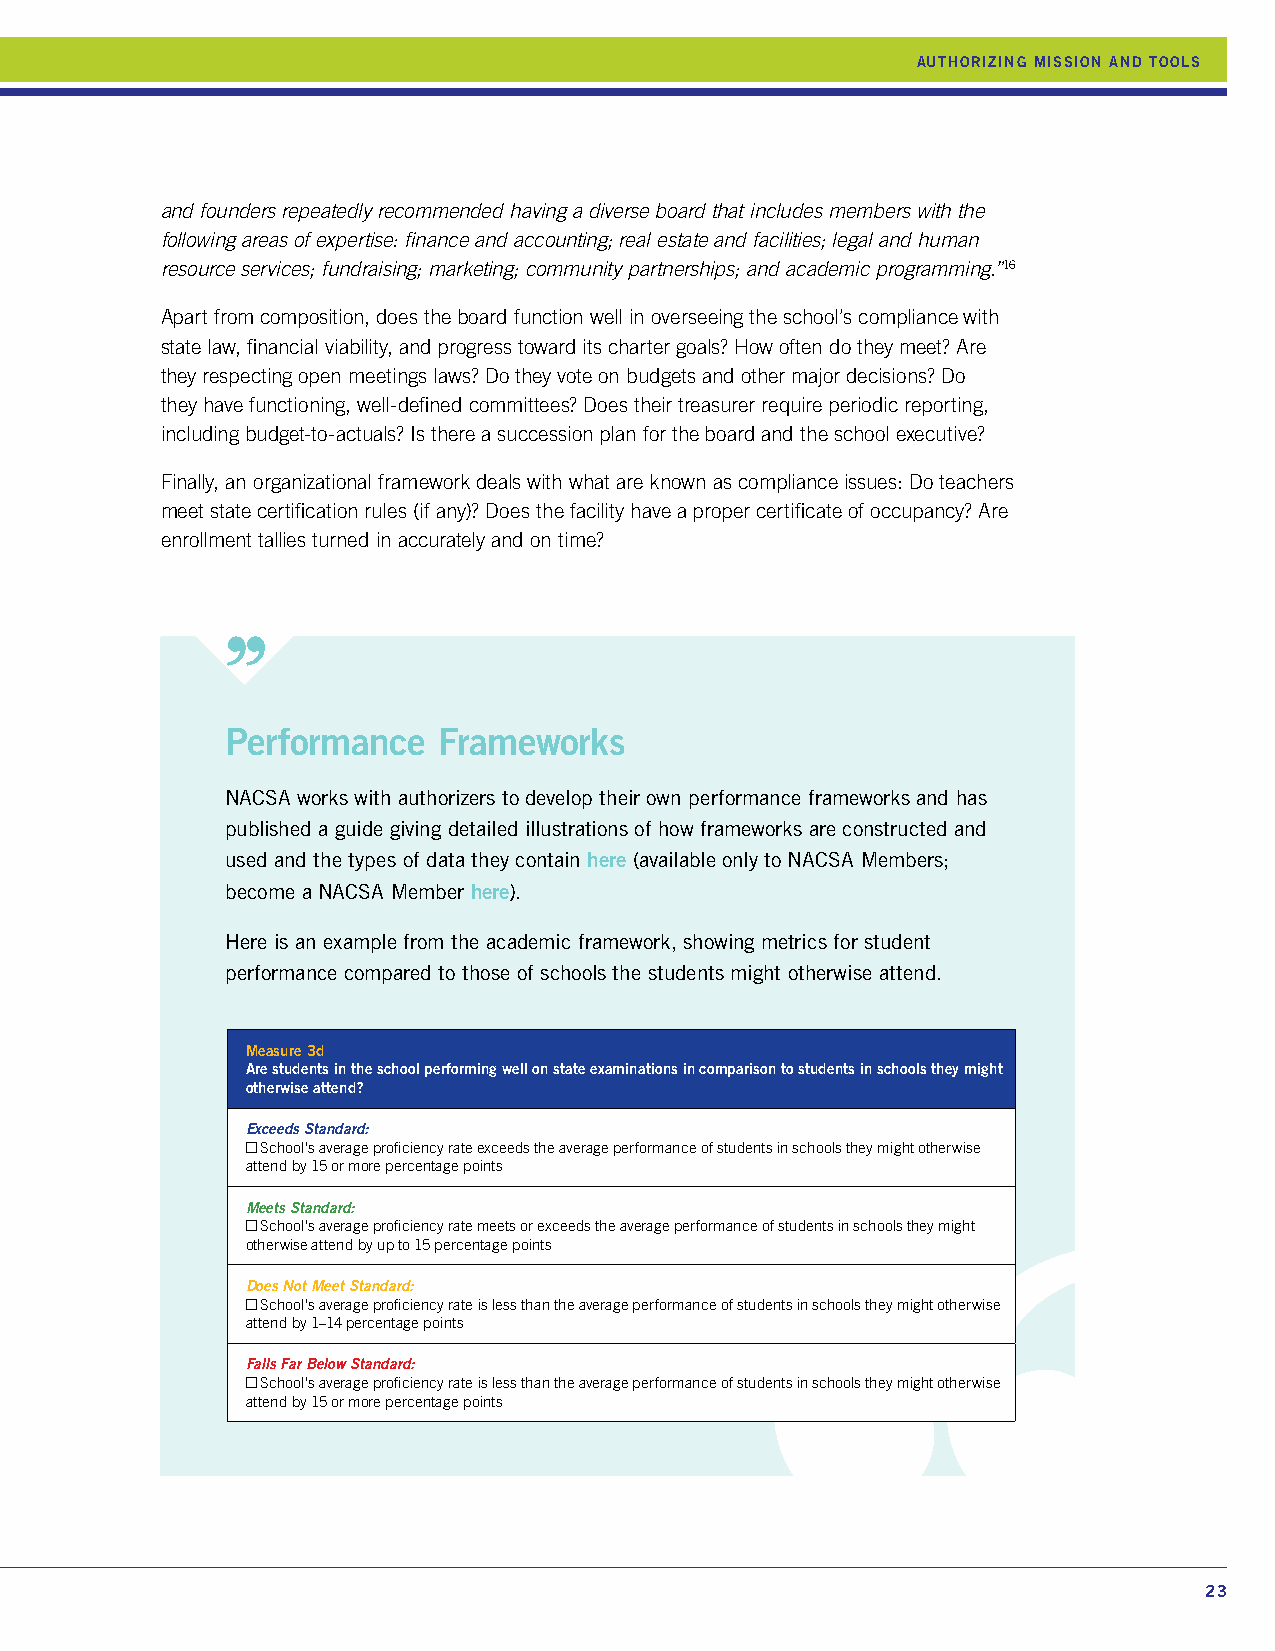
AUTHORIZING MISSION AND TOOLS
 and founders repeatedly recommended having a diverse board that includes members with the
 following areas of expertise: finance and accounting; real estate and facilities; legal and human
 resource services; fundraising; marketing; community partnerships; and academic programming.”16
 Apart from composition, does the board function well in overseeing the school’s compliance with
 state law, financial viability, and progress toward its charter goals? How often do they meet? Are
 they respecting open meetings laws? Do they vote on budgets and other major decisions? Do
 they have functioning, well-defined committees? Does their treasurer require periodic reporting,
 including budget-to-actuals? Is there a succession plan for the board and the school executive?
 Finally, an organizational framework deals with what are known as compliance issues: Do teachers
 meet state certification rules (if any)? Does the facility have a proper certificate of occupancy? Are
 enrollment tallies turned in accurately and on time?
 Performance   Frameworks
 NACSA works with authorizers to develop their own performance frameworks and has
 published a guide giving detailed illustrations of how frameworks are constructed and
 used and the types of data they contain here (available only to NACSA Members;
 become a NACSA Member here).
 Here is an example from the academic framework, showing metrics for student
 performance compared to those of schools the students might otherwise attend.
 Measure 3d
 Are students in the school performing well on state examinations in comparison to students in schools they might
 otherwise attend?
 Exceeds Standard:
 School’s average proficiency rate exceeds the average performance of students in schools they might otherwise
 attend by 15 or more percentage points
 Meets Standard:
 School’s average proficiency rate meets or exceeds the average performance of students in schools they might
 otherwise attend by up to 15 percentage points
 Does Not Meet Standard:
 School’s average proficiency rate is less than the average performance of students in schools they might otherwise
 attend by 1–14 percentage points
 Falls Far Below Standard:
 School’s average proficiency rate is less than the average performance of students in schools they might otherwise
 attend by 15 or more percentage points
 23